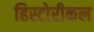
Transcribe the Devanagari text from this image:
हिस्टोरीकल